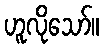
ဟူလိုသော်။